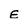
Character: E